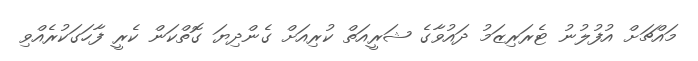
މައްޗަށް އުފުލުނު ޓެރަރިޒަމު ދައުވާގެ ޝަރީއަތް ކުރިއަށް ގެންދިޔަ ގޮތްކަން ކެރީ ފާހަގަކުރެއްވި